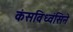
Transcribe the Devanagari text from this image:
कंसविध्वंसिने